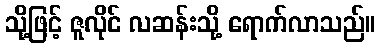
သို့ဖြင့် ဇူလိုင် လဆန်းသို့ ရောက်လာသည်။